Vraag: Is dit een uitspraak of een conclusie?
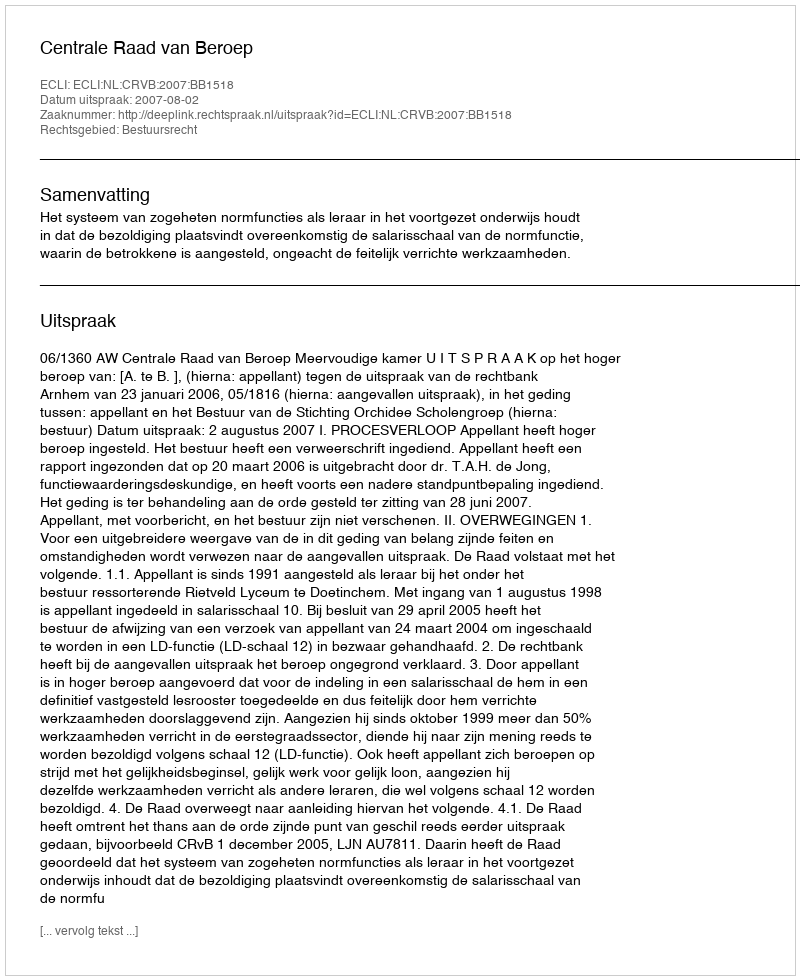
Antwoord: Uitspraak